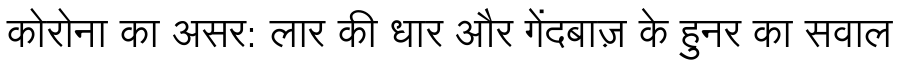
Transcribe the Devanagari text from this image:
कोरोना का असर: लार की धार और गेंदबाज़ के हुनर का सवाल